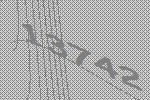
13742